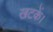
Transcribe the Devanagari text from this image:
खटकें।